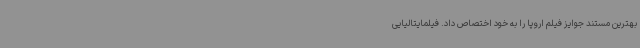
بهترین مستند جوایز فیلم اروپا را به خود اختصاص داد. فیلمایتالیایی